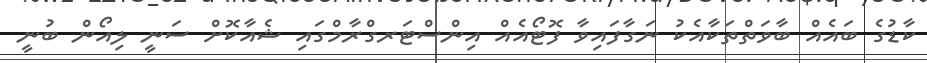
ކާޑުގެ ބައެއް ބާވަތްތަކާއެކު ނަގާފައިވާ ފޮޓޯއެއް އިންސްޓަރގްރާމްގައި ޝެއާކޮށް ސަނީ ލިއޯން ބުނީ